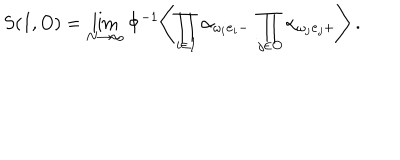
S ( I , O ) = \lim _ { N \to \infty } \Phi ^ { - 1 } \Biggl \langle \prod _ { i \in I } \alpha _ { { \omega _ { i } { \bf e } _ { i } } - } \ \prod _ { j \in O } \alpha _ { { \omega _ { j } { \bf e } _ { j } } + } \Biggr \rangle \ .